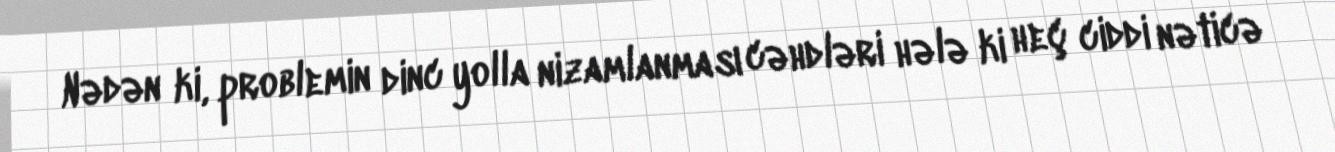
Nədən ki, problemin dinc yolla nizamlanması cəhdləri hələ ki heç ciddi nəticə